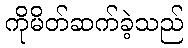
ကိုမိတ်ဆက်ခဲ့သည်